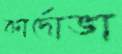
কার্দোভা